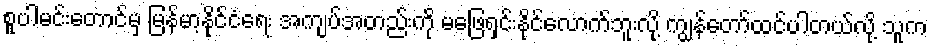
စူပါမင်းတောင်မှ မြန်မာ့နိုင်ငံရေး အကျပ်အတည်းကို မဖြေရှင်းနိုင်လောက်ဘူးလို့ ကျွန်တော်ထင်ပါတယ်လို့ သူက